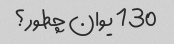
130 یوان چطور؟